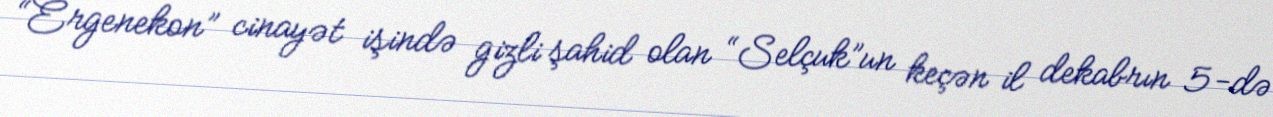
“Ergenekon” cinayət işində gizli şahid olan “Selçuk”un keçən il dekabrın 5-də